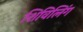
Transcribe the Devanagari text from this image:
शिविलिंग